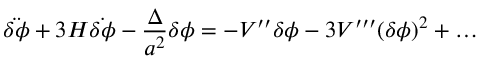
\ddot { \delta \phi } + 3 H \dot { \delta \phi } - \frac { \Delta } { a ^ { 2 } } \delta \phi = - V ^ { \prime \prime } \delta \phi - 3 V ^ { \prime \prime \prime } ( \delta \phi ) ^ { 2 } + \ldots